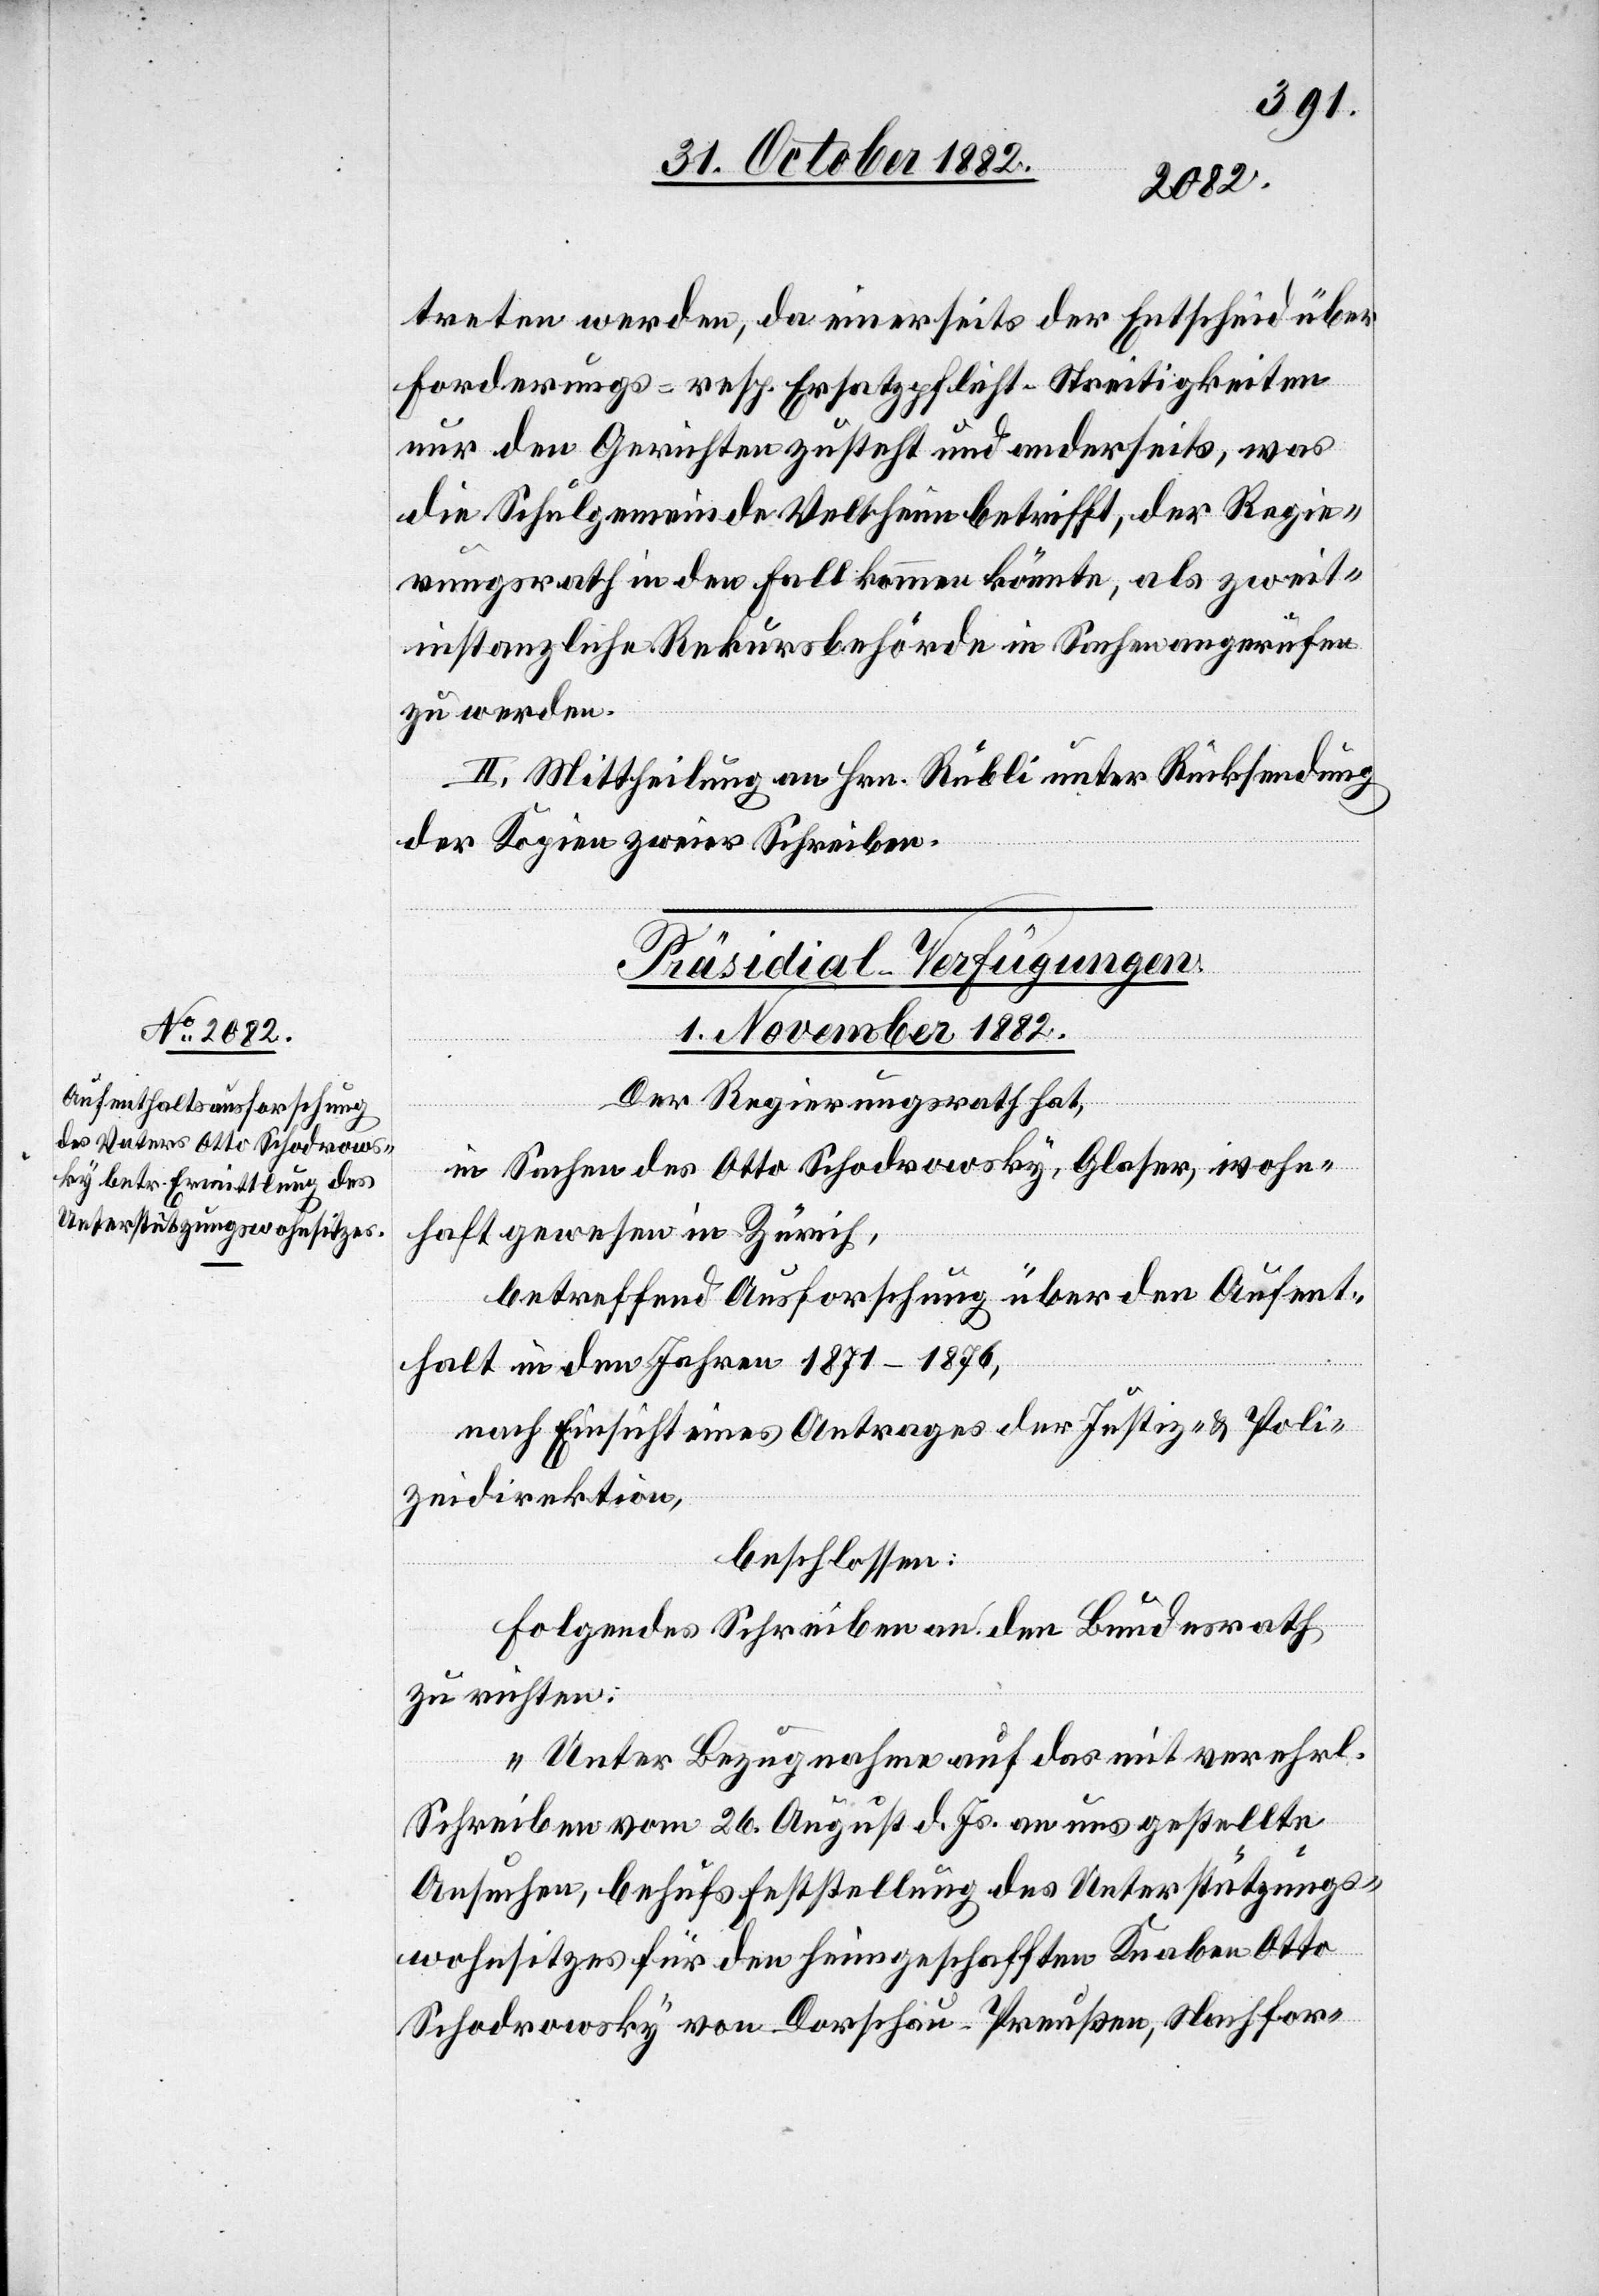
treten werden, da einerseits der Entscheid über
Forderungs- resp. Ersatzpflicht-Streitigkeiten
nur den Gerichten zusteht und anderseits, was
die Schulgemeinde Veltheim betrifft, der Regie¬
rungsrath in den Fall kommen könnte, als zweit¬
instanzliche Rekursbehörde in Sachen angerufen
zu werden.
II. Mittheilung an Hrn. Rubli unter Rücksendung
der Kopien zweier Schreiben.
Präsidial-Verfügungen.
1. November 1882.
Der Regierungsrath hat,
in Sachen des Otto Schodrowsky, Glaser, wohn¬
haft gewesen in Zürich,
betreffend Ausforschung über den Aufent¬
halt in den Jahren 1871–1876,
nach Einsicht eines Antrages der Justiz- & Poli¬
zeidirektion,
beschlossen:
Folgendes Schreiben an den Bundesrath
zu richten:
„Unter Bezugnahme auf das mit vererhrl.
Schreiben vom 26. August d. Js. an uns gestellte
Ansuchen, behufs Feststellung des Unterstützungs¬
wohnsitzes für den heimgeschafften Knaben Otto
Schodrowsky von Dorschau - Preußen, Nachfor-